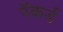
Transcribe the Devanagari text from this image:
पॅकर्ड